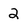
Character: 2